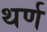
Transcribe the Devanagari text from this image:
थर्ण